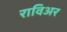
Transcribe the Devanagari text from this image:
राविअर